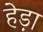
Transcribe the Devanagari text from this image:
हेड़ा